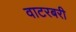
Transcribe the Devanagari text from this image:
वाटरबरी